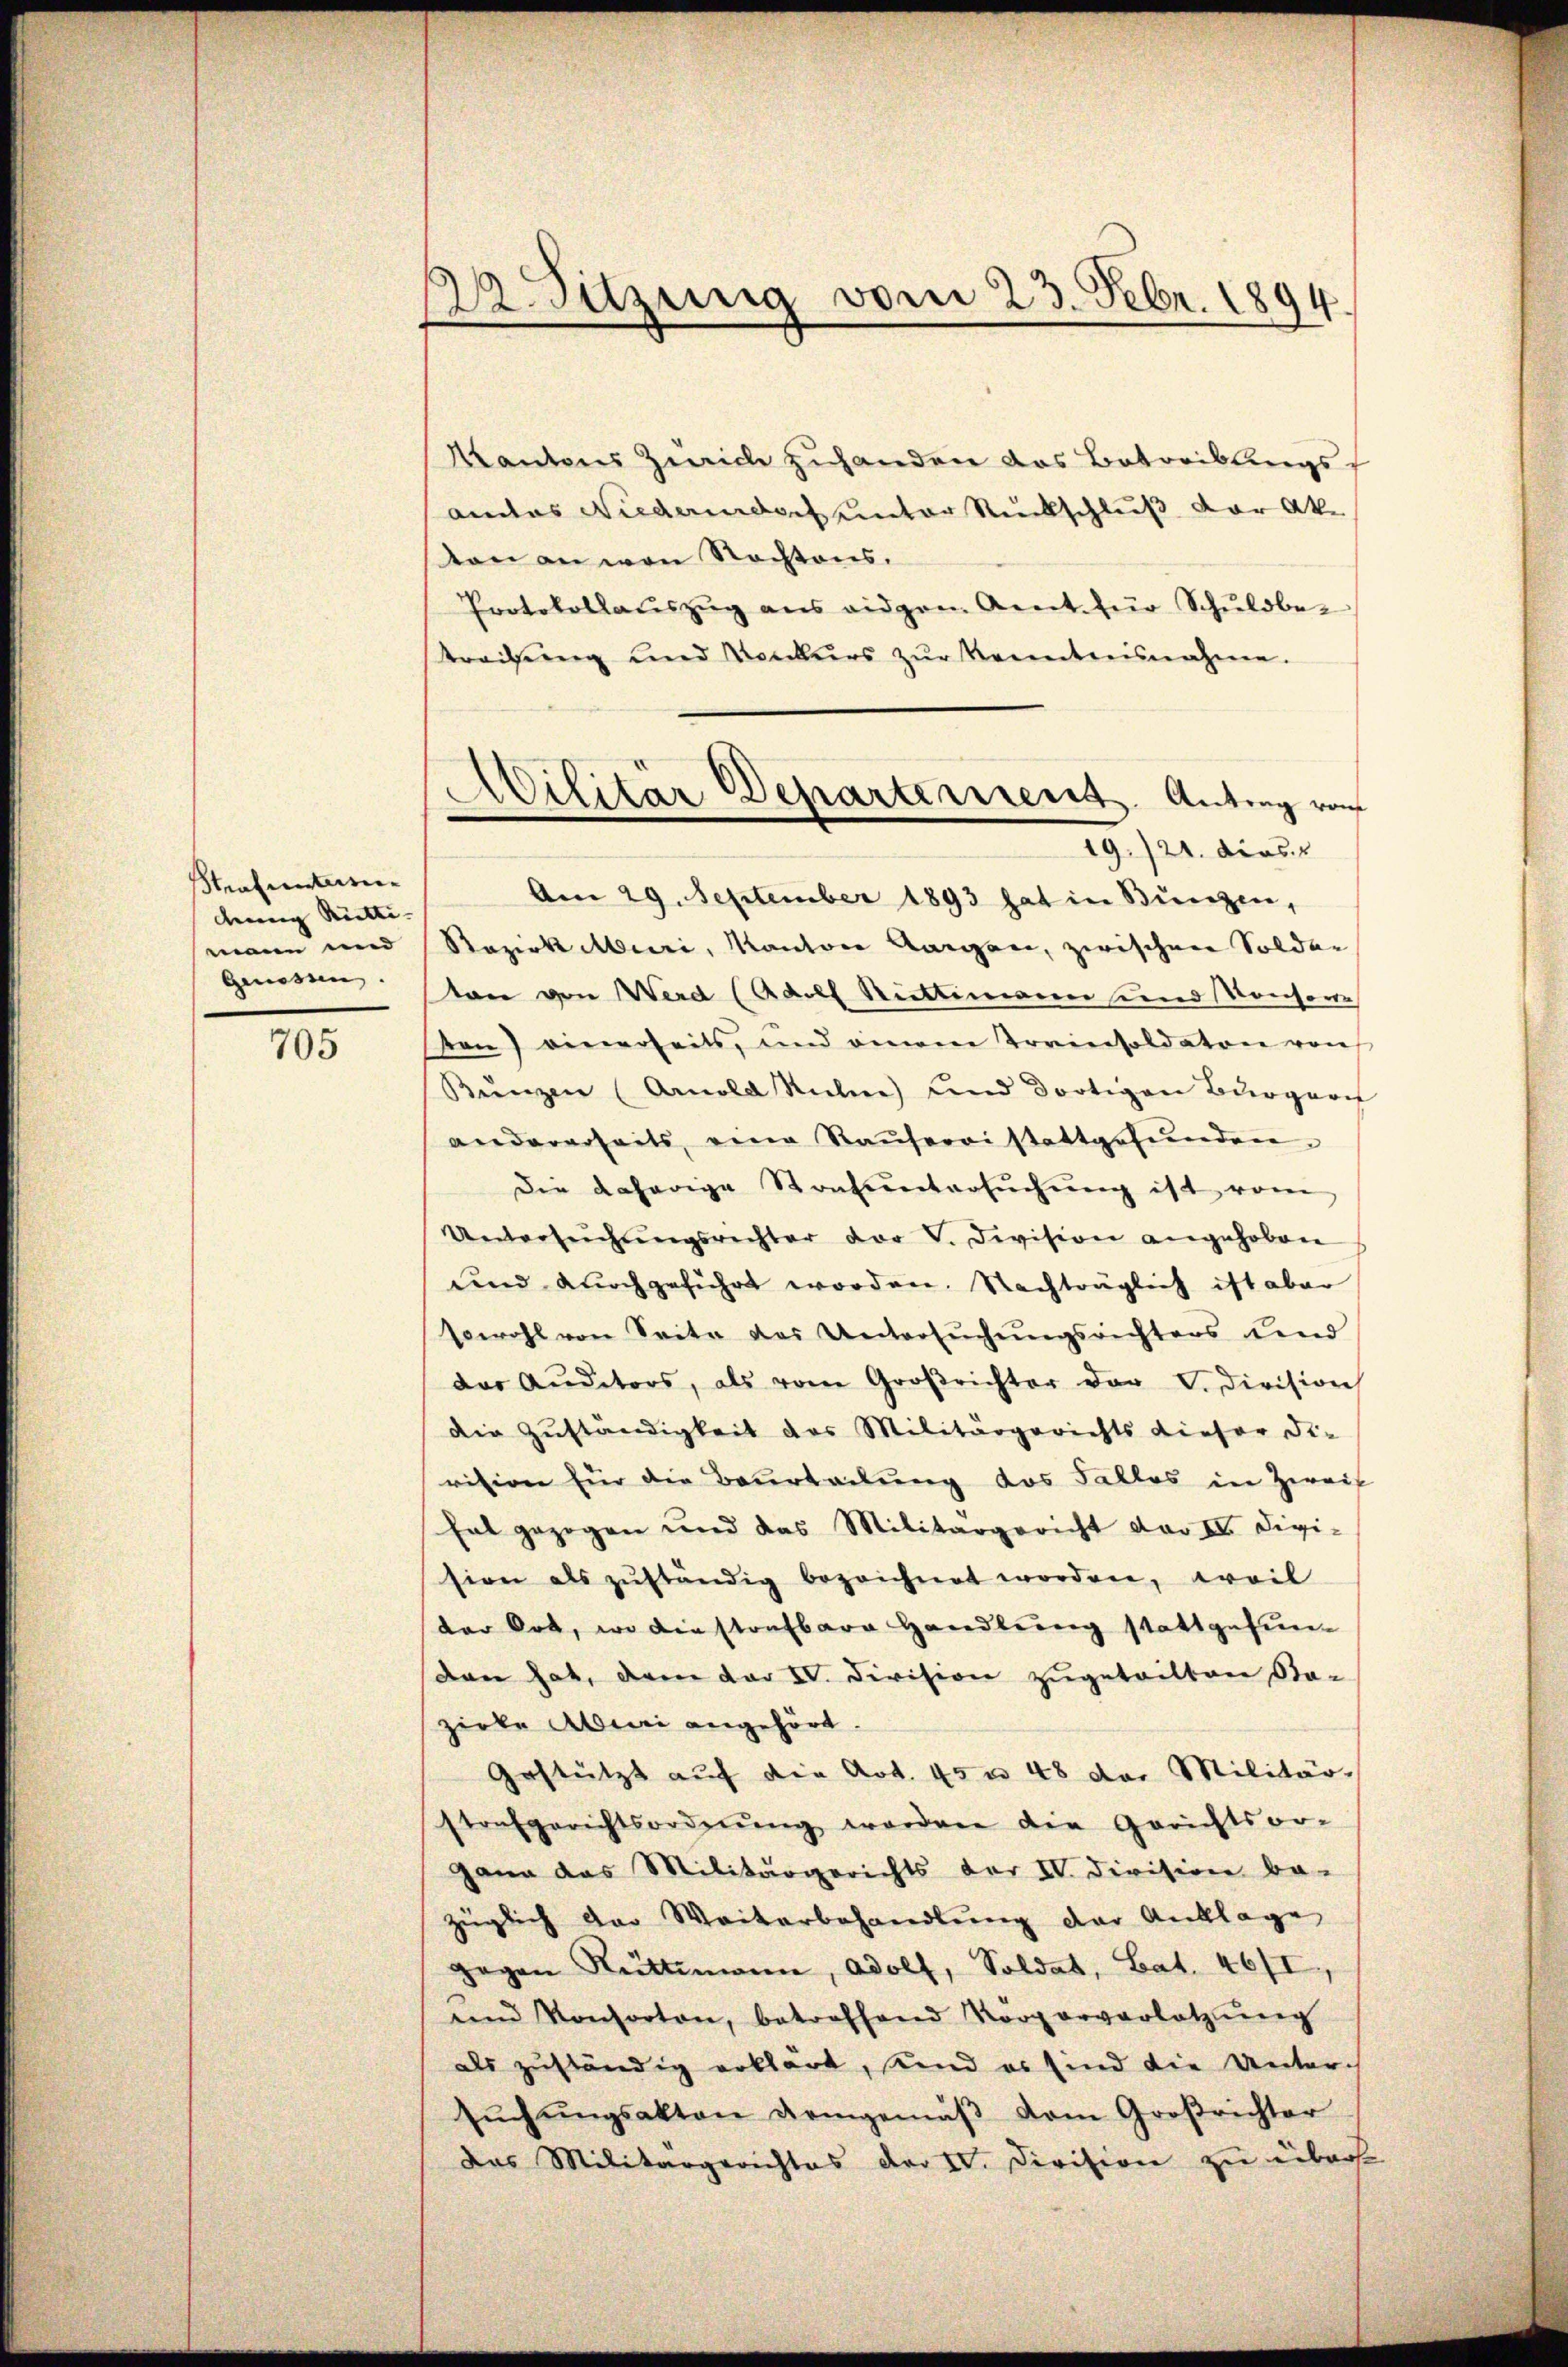
Strafunturien
dewig Rütti- |
manen und
Genossen.

705

12. Sitzung vom 23. Febr. 1894

Kantons Zürich zuhanden das Betreiblingsandes Niedendoch unter Rückschluß der Aka
von an von Nachtens.
Protokollaŭszŭg ans eidgen. Amt für Schuldber
stradung und Konkurs zŭr Kenntnisnahme.
Am 29. September 1893 hat in Bunzen,
Razirk Muri, Kantone langen, zwischen Soldar
von von Werd (Basel Rüttimann und Konsowe
sen) einerseits, und einem Trainsoldaten von
Kŭnzen (Arnold Siche) und dortigen Bürgeri
andererseits, eine Raŭferei stattgefŭnden.
Die daherige Sontŭntersŭchŭng ist vom
Untersŭchŭngsrechter der V. Devision angehoben
und durchgeführt worden. Nachträglich ist aber
sowohl von Seite des Untersŭchŭngsrichters und
das Auditors, als vom Großrichter der V. Division
die Zuständigkeit des Militärgerichts Liefer die
vision für die Beurteilung des Talles in Zweif
hat gezogen und das Militärgericht dar IV. Divi-
sion als zŭständig bezeichnet worden, weil
der bot, wo diestrafbare Handlung stattgefundan hat, dem dar IV. Division zugeteilten Sta-
zirke Abeni angehört.
Gestützt auf die Art. 43 n 48 der Militär-
strafgerichtsordnŭng worden die Gerichtsor-
gana das Militärgerichts der IV. Division be-
züglich der Weiterbehandlung der Anklage
gegen Rüttimann, Adolf, Soldat, Bat. 46/I
ŭnd Konsorten, betroffend Korporverletzŭng
als zuständig erklärt, sind es sind die Unter-
sŭchŭngsakten demgemäβ vom Großrichter
Das Militärgerichtes der IV. Division zu überst

Militär Departement. Antrag von
19./21. dies